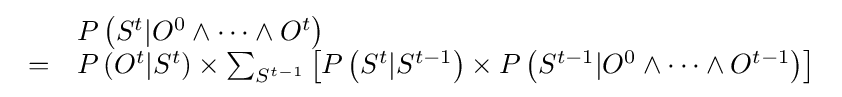
{\begin{array}{ll}&P\left(S^{t}|O^{0}\wedge \cdots \wedge O^{t}\right)\\=&P\left(O^{t}|S^{t}\right)\times \sum _{S^{t-1}}\left[P\left(S^{t}|S^{t-1}\right)\times P\left(S^{t-1}|O^{0}\wedge \cdots \wedge O^{t-1}\right)\right]\end{array}}